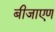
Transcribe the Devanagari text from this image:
बीजाएण